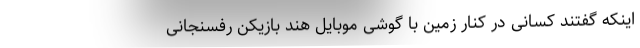
اینکه گفتند کسانی در کنار زمین با گوشی موبایل هند بازیکن رفسنجانی